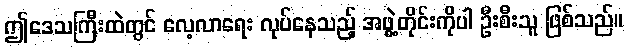
ဤဒေသကြီးထဲတွင် လေ့လာရေး လုပ်နေသည့် အဖွဲ့တိုင်းကိုပါ ဦးစီးသူ ဖြစ်သည်။